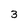
Character: 3